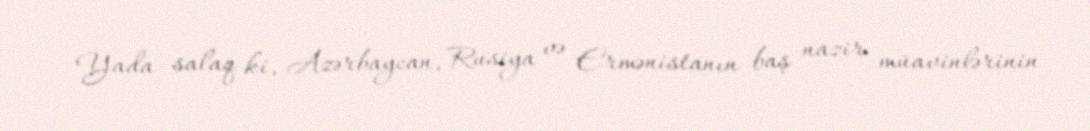
Yada salaq ki, Azərbaycan, Rusiya və Ermənistanın baş nazir müavinlərinin